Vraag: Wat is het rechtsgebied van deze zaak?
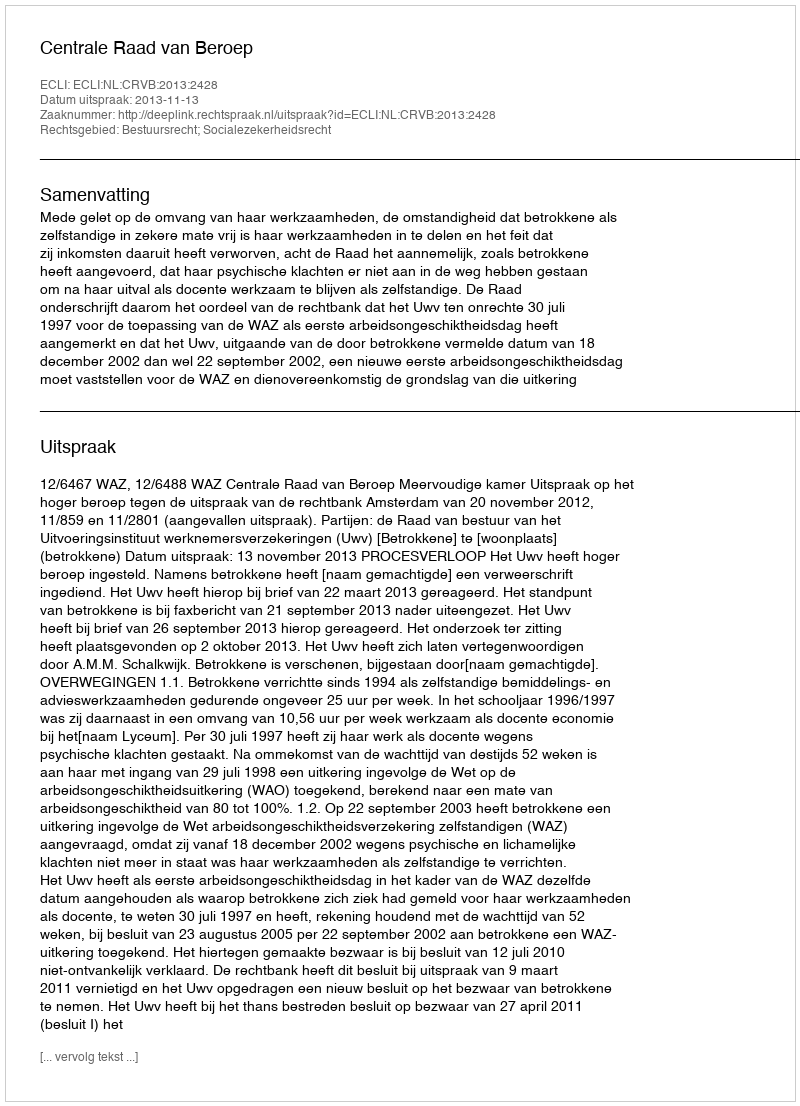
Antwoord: Bestuursrecht; Socialezekerheidsrecht